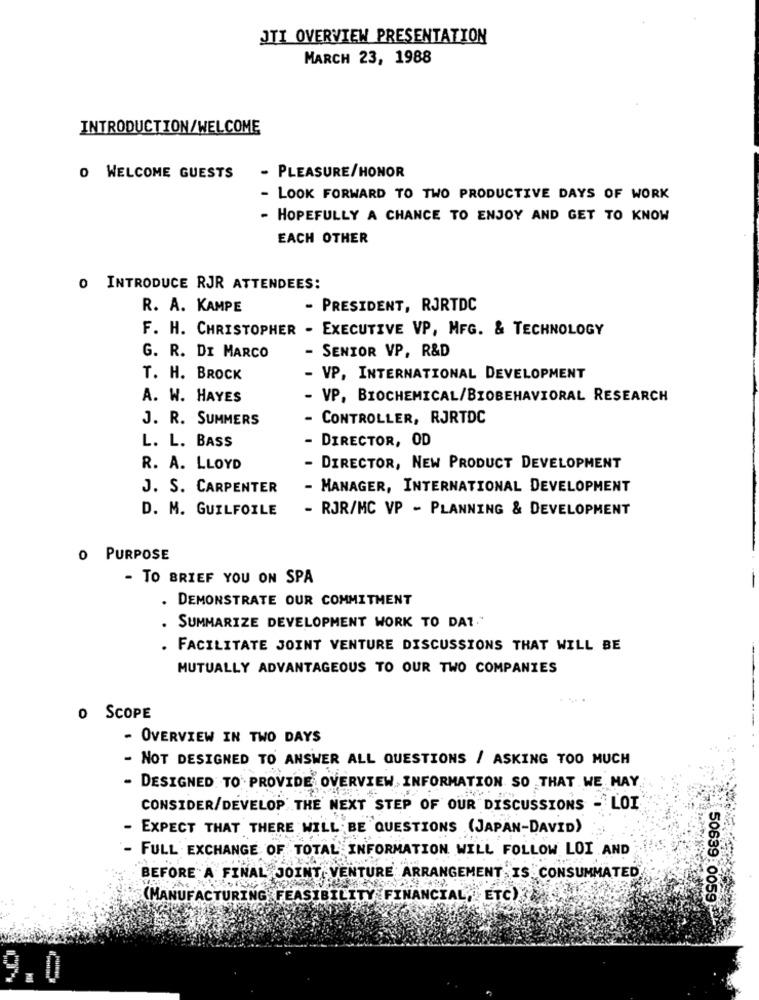
JTI OVERVIEW PRESENTATION
MARCH 23, 1988
INTRODUCTION/WELCOME
O WELCOME GUESTS
- PLEASURE/HONOR
- LOOK FORWARD TO TWO PRODUCTIVE DAYS OF WORK
- HOPEFULLY A CHANCE TO ENJOY AND GET TO KNOW
EACH OTHER
O INTRODUCE RJR ATTENDEES:
R. A. KAMPE
- PRESIDENT, RJRTDC
F. H. CHRISTOPHER - EXECUTIVE VP, MFG. & TECHNOLOGY
G. R. DI MARCO
- SENIOR VP, R&D
T. H. BROCK
- VP, INTERNATIONAL DEVELOPMENT
A. W. HAYES
- VP, BIOCHEMICAL/BIOBEHAVIORAL RESEARCH
J. R. SUMMERS
- CONTROLLER, RJRTDC
L. L. BASS
- DIRECTOR, OD
R. A. LLOYD
- DIRECTOR, NEW PRODUCT DEVELOPMENT
J. S. CARPENTER
- MANAGER, INTERNATIONAL DEVELOPMENT
D. M. GUILFOILE
- RJR/MC VP - PLANNING & DEVELOPMENT
0 PURPOSE
- TO BRIEF YOU ON SPA
-
. DEMONSTRATE OUR COMMITMENT
. SUMMARIZE DEVELOPMENT WORK TO DAT."
. FACILITATE JOINT VENTURE DISCUSSIONS THAT WILL BE
MUTUALLY ADVANTAGEOUS TO OUR TWO COMPANIES
0 SCOPE
- OVERVIEW IN TWO DAYS
- NOT DESIGNED TO ANSWER ALL QUESTIONS / ASKING TOO MUCH
- DESIGNED TO PROVIDE OVERVIEW INFORMATION SO THAT WE MAY
CONSIDER/DEVELOP THE NEXT STEP OF OUR DISCUSSIONS - LOI
- EXPECT THAT THERE WILL BE QUESTIONS (JAPAN-DAVID)
- FULL EXCHANGE OF TOTAL INFORMATION WILL FOLLOW LOI AND
BEFORE A FINAL JOINT VENTURE ARRANGEMENT IS CONSUMMATED
(MANUFACTURING FEASIBILITY FINANCIAL,ETC)
50639:0059